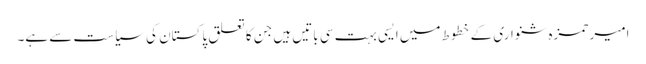
امیر حمزہ شنواری کے خطوط میں ایسی بہت سی باتیں ہیں جن کا تعلق پاکستان کی سیاست سے ہے۔